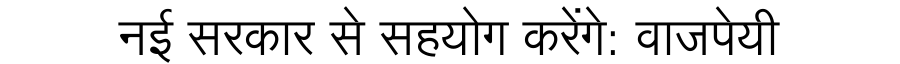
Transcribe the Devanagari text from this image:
नई सरकार से सहयोग करेंगे: वाजपेयी